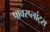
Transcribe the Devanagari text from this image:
पावरप्लांट्स